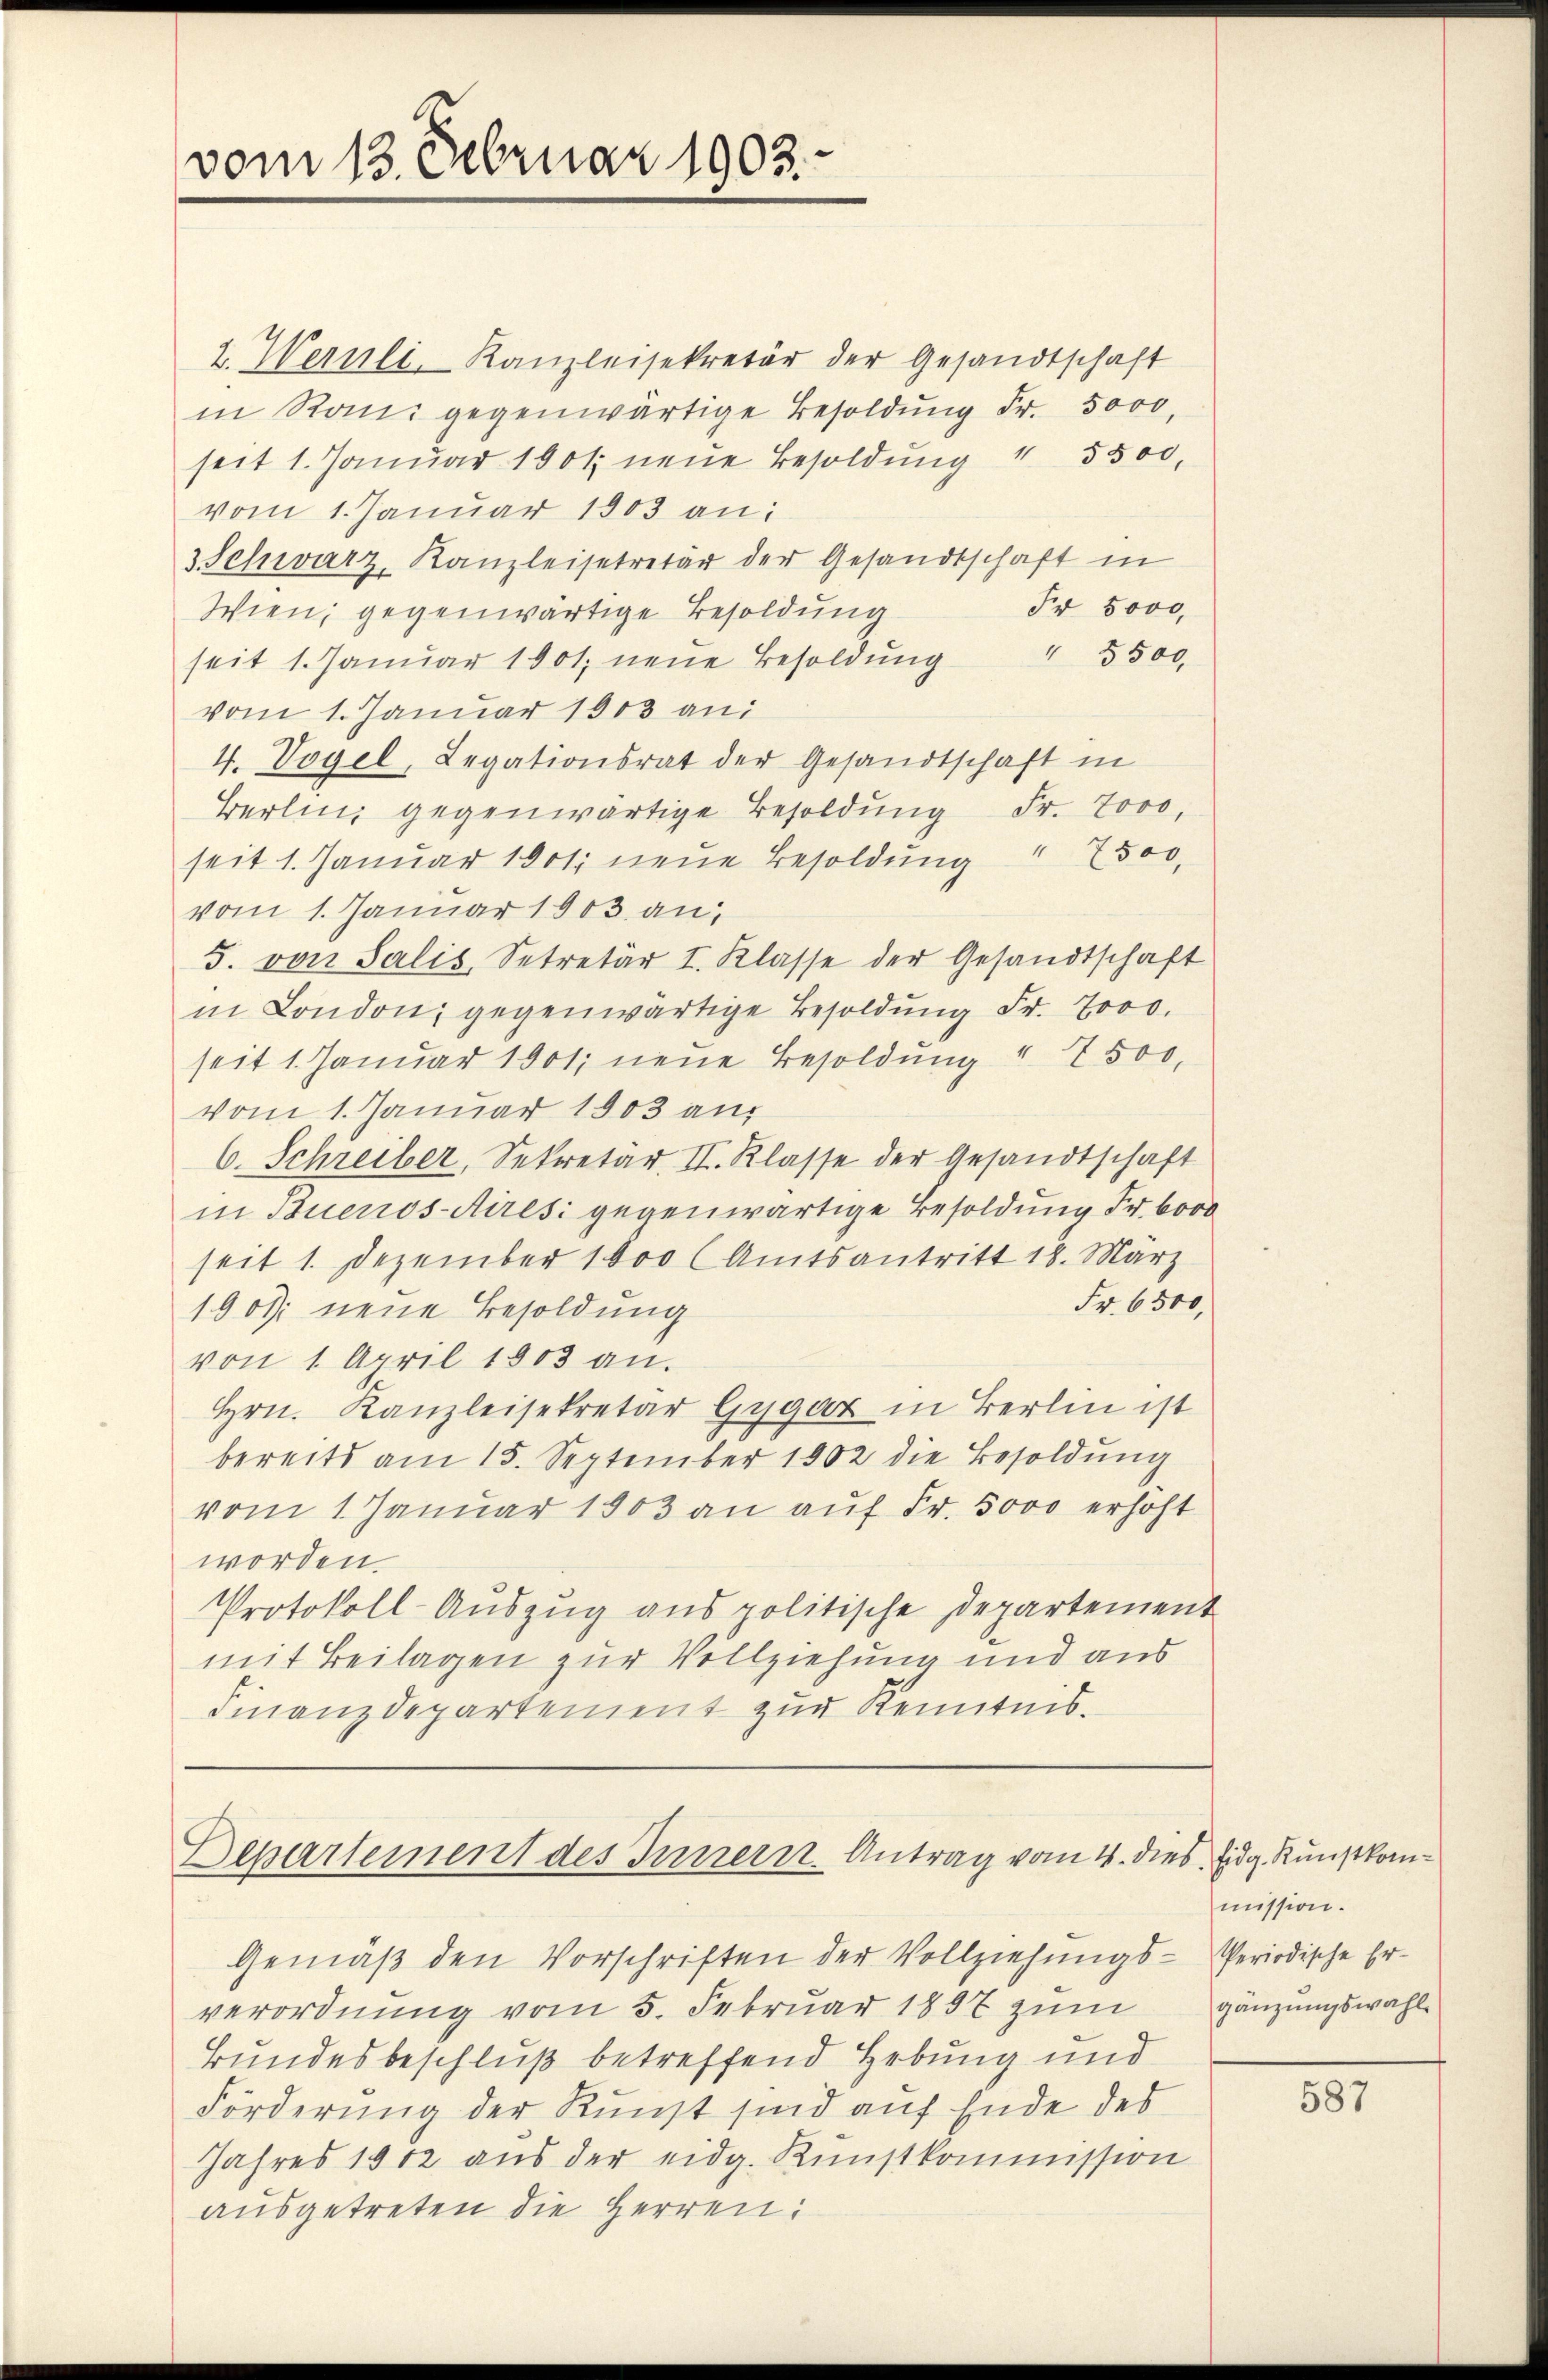
vom 13. Februar 1903.

2. Wernli, Kanzleisekretär der Gesandtschaft
in Rand gegenwärtige Besoldung Fr. 5000,
seit 1. Januar 1901 neue Besoldung 1 5500.
vom 1. Januar 1903 an:
3 Schwarz, Kanzleisetretär der Gesandtschaft in
Fr. 5000.
Wien, gegenwärtige Besoldung
 5500.
seit 1. Januar 1901; neue Besoldung
vom 1. Januar 1803 an:
4. Vogel, Legationsrat der Gesandtschaft in
Fr. 7000,
Berlin gegenwärtige Besoldung
seit 1. Januar 1901 neue Besoldung " 2500.
vom 1. Januar 1903 an,
5. von Salis Setretär I. Klasse der Gesandtschaft
in London, gegenwärtige Besoldung Fr. 7000.
seit 1. Januar 1901; neue Besoldung " 7500.
vom 1. Januar 1903 an
6. Schreiber, Sekretär. II. Klasse der Gesandtschaft
in Buenos-Airesi gegenwärtige Besoldung Fr. 6000
seit 1. Dezember 1800 (Amtsantritt 18. März
Fr. 6500,
1900 neue Besoldung
von 1. April 1803 an.
Hrn. Kanzleisekretär Gygar in Berlin ist
bereits am 15. September 1902 die Besoldung
vom 1 Januar 1903 an auf Fr. 5000 erhöht
worden.
Protokoll-Auszug aus politische Departement
mit Beilagen zur Vollziehung und aus
Finanzdepartement zur Kenntnis.

Departement des Innern Antrag vom 4. dies Eidg. Kunstkom¬

Gemäß den Vorschriften der Vollziehungs-Periodische Erverordnung vom 5. Februar 1897 zum
Bundesbeschluß betreffend Hebung und
Förderung der Kunst sind auf Ende des
Jahres 1912 aus der eidg. Kunstkommission
ausgetreten die Herren:

mission.
gänzungswahl

587